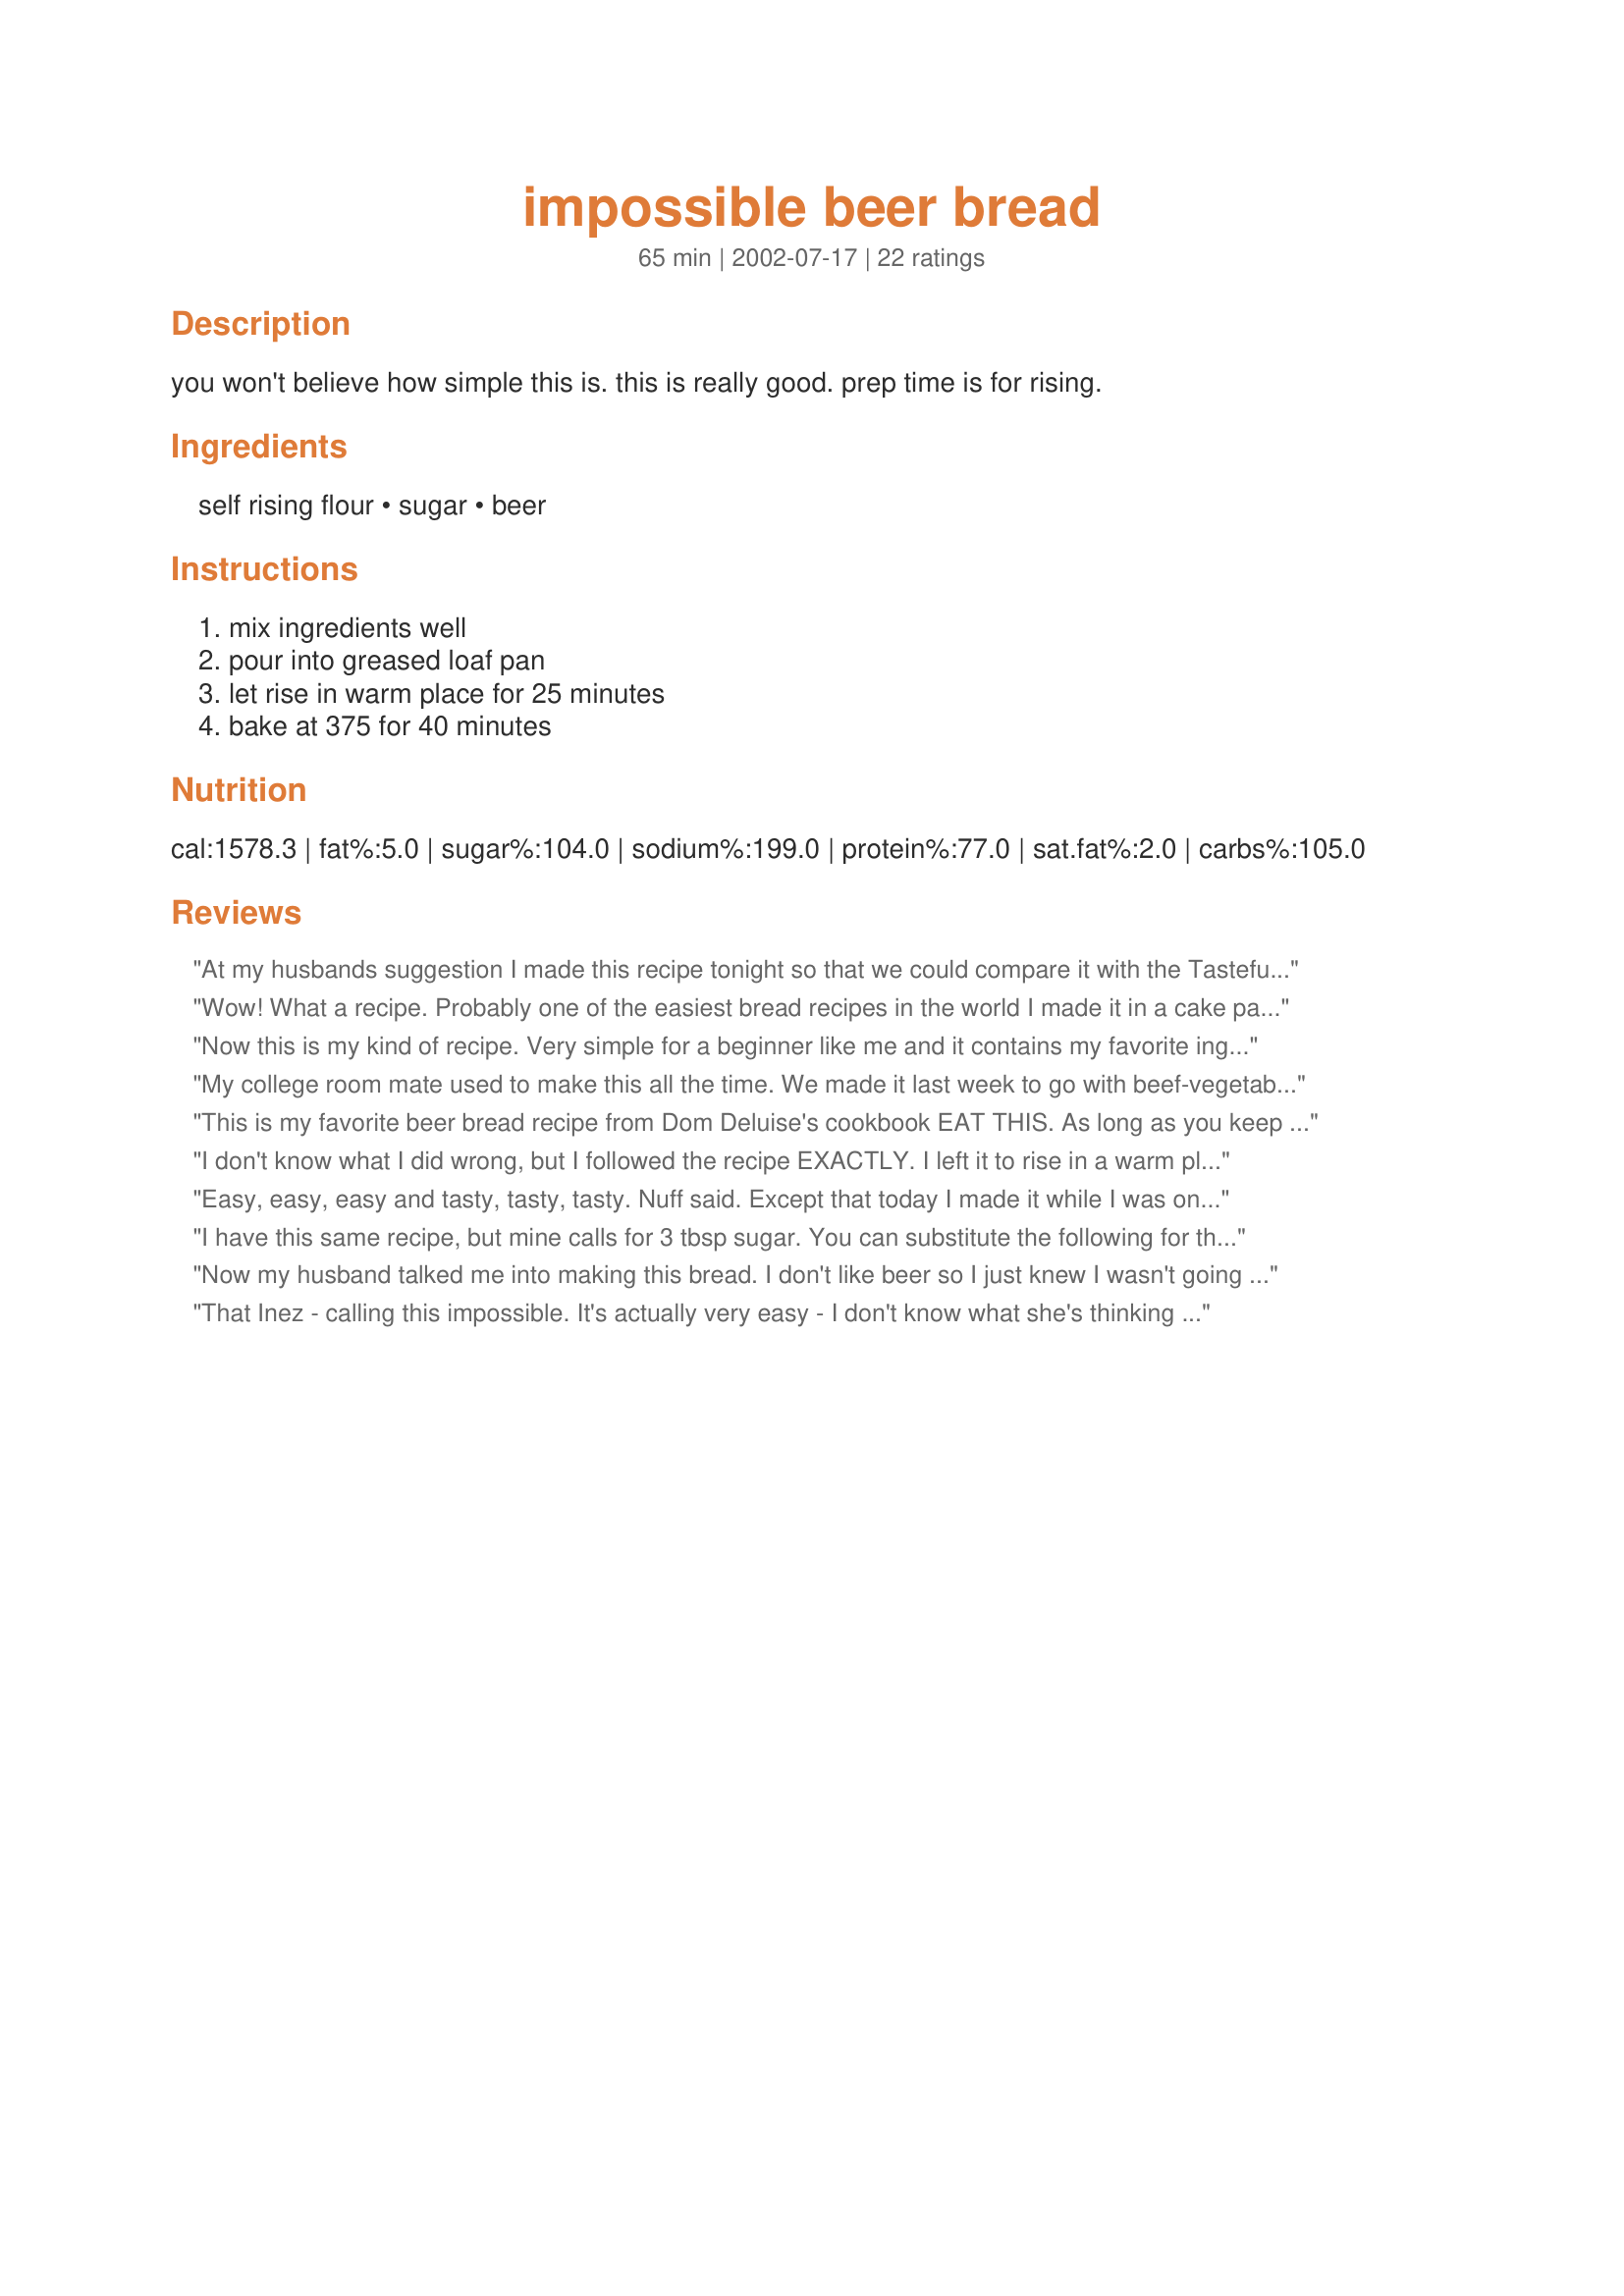
impossible beer bread
Preparation time: 65 minutes

you won't believe how simple this is. this is really good. prep time is for rising.

Ingredients:
self rising flour, sugar, beer

Steps:
mix ingredients well, pour into greased loaf pan, let rise in warm place for 25 minutes, bake at 375 for 40 minutes

Reviews:
At my husbands suggestion I made this recipe tonight so that we could compare it with the Tastefully Simple Beer Bread mix I made earlier today. Let me just say that I won't be buying anymore $5.00 a box beer bread mixes. Thank you so much!!
Wow! What a recipe. Probably one of the easiest bread recipes in the world I made it in a cake pan, hollowed it out and filled it with spinach dip. It's also good if you substitute orange soda for the beer, and add a small can of mandarin orange pieces. Kids love it.
Now this is my kind of recipe. Very simple for a beginner like me and it contains my favorite ingredient--beer. The bread was amazing. Thanks Inez, for sharing this.
My college room mate used to make this all the time. We made it last week to go with beef-vegetable soup. It was so yummy and easy,easy. Very light texture and nice golden brown crust. Thanks Inez.
This is my favorite beer bread recipe from Dom Deluise's cookbook EAT THIS. As long as you keep at least 1.5 cups of self rising flour, you can play around with the other 1.5 cups using whole wheat flour, white flour, oats, bran flakes, etc. You can also add nuts. I use 1.5 cups self rising flour, 1 cup whole wheat flour, 1/2 cup oats and a nice honey wheat beer.
I don't know what I did wrong, but I followed the recipe EXACTLY. I left it to rise in a warm place for 25 minutes and it didn't rise much. Then I baked it for the required 40 minutes, and it was still doughy. So, I baked it 10 minutes longer. It was icky and tasteless.
Easy, easy, easy and tasty, tasty, tasty. Nuff said. Except that today I made it while I was on the phone and accidentally used regular flour. It's in the oven right now, I figured I would bake it just to see what happens. (It was too late to add the stuff to make regular flour into self rising flour - or was it?) I have a feeling it will be like a rock.
I have this same recipe, but mine calls for 3 tbsp sugar. You can substitute the following for the 3 cups self-rising flour:
3 cups all purpose flour, 3 tsp baking powder, and 1 1/2 tsp salt.

My recipe says to just bake it in the oven for an hour, and doesn't call for you to let it rise for 25 minutes.

You can also make this in muffin pans, to make little muffins/rolls. Just reduce the time to about 30 minutes.

You can also make a great calzone/pizza dough from this, you just need to add enough flour to make a pizza dough consistency - I'm not sure how much extra is needed, I've never measured. Just split it into 4-8 pieces, and roll each up into a ball and place in the fridge to proof overnight. If you split it into 4 pieces, you will have 4 giant calzones, each one enough for 2 servings.

Oh and it makes great bread too. :) You can even add some herbs/spices and shredded cheese if you want. It's a very versatile recipe!
Now my husband talked me into making this bread. I don't like beer so I just knew I wasn't going to go for this. Wrong. This is some very good stuff. Easy as can be to make. We ate it warm and it just melted in our mouths. I served it with Miller's Vermont Cheddar Potato Soup. We had an incredible meal. Thanks Inez.
That Inez - calling this impossible. It's actually very easy - I don't know what she's thinking :). I used Breckenridge Oatmeal Stout as my beer - it yielded a very hearty taste. I was a little suprised at the texture - it's a soda bread, but lighter than most soda breads that I've made. Takes no time to stir up - I did let mine rise a bit longer than the recipe recommended, though. Thanks, Inez!
The only thing I can say is FANTISTIC; As in a ham or turkey sandwich, warm with butter, with black bean soup. I added 1 large elephant clove of garlic and 2 tbsp of dried basil. Thanks for a very great basic recipr
Very easy to make, but sweeter than I would have liked. Didn't really rise much, even though I gave it the full 25 minutes.
Very good and easy too! Tasted great topped with some butter!!! Thanks for posting!
My best friend's mom used to make beer bread and I always thought is was so delicious. Since alcohol was not allowed to enter into our house, I only got to have it when I was over at her house. Now that I am all grown up, I can do what I want. I was so excited to see this recipe. It is as delicious as I remember and much easier than I thought it would be. Mine had a beautiful light golden crust with soft tender melt in your mouth bread. Yeah. Thanks for providing this recipe.
Guess what I am eating right at the moment? Hmmm, the bread is great! I took self rising wholemeal flour and dark beer and sprinkeld the loaf pan with oats. The result is simply fantastic.
This is super easy and very tasty. I made this last winter for my college son and sent it with him back to school. I also had to make a loaf for DH. I was making 3-4 loaves at a time. Now that it's turning cold, I had to look for the recipe again and get my bread pans out to starting baking this again. I recommend trying different beers, but NEVER a light beer. Light beer is like adding water because it is very thin and very light in flavor. Thanks for a easy, yummy bread.
This is GOOD! I used Heineken. The loaf came out with a lovely chewey crust, crunchy on top. The inside is light and tender. The taste is kind of toasty and nutty. It doesn't particularly taste of beer. I haven't tried making beer, but I'd guess the flavor is from the hops. It's a "grainy" taste. I'm looking forward to trying this with some of the micro brews that are available around town. Easy, easy loaf and good.
Super yummy and easy! We made four loaves tonight and served it up with crock pot chili and a green salad. Perfect!
This was my first time making beer bread and I'm quite happy with the results! Not sure if it turned out EXACTLY the way it's supposed to because I had to use the "emergency substitution" for the self-rising flour. (Flour, baking powder and salt) I made the bread to go with an Irish Stew that I made for St. Patrick's Day. Yum!! I'll definitely be making this again!
This is the first time I have ever made OR tasted beer bread. I was surprised at how easy this was and how well it came out. Made a perfect loaf of beer flavoured bread!
My husband requests this all the time...we have it at least once a week. I have also made this with a can of coke & it comes out great, almost nutty-like. Next I will try Dr. Pepper!! Great Recipe!!!
I cannot believe how simple this was to make or how superb it turned out! My kids could make this! I just pulled a loaf out of the oven and slathered on some butter...heaven! It's dense and soft on the inside, with a crusty exterior that is perfection. It isn't sweet and it doesn't taste like beer. This will be a weekly staple in our house, thank you so much for posting!
